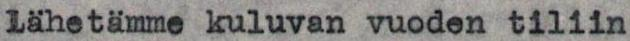
Lähetämme kuluvan vuoden tiliin